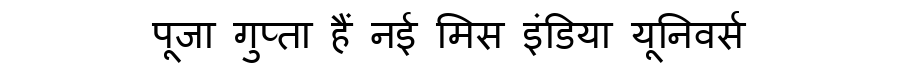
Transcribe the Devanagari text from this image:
पूजा गुप्ता हैं नई मिस इंडिया यूनिवर्स